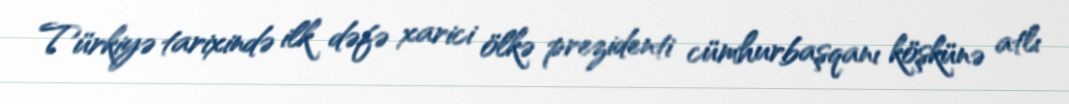
Türkiyə tarixində ilk dəfə xarici ölkə prezidenti cümhurbaşqanı köşkünə atlı